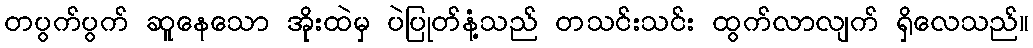
တပွက်ပွက် ဆူနေသော အိုးထဲမှ ပဲပြုတ်နံ့သည် တသင်းသင်း ထွက်လာလျက် ရှိလေသည်။